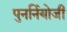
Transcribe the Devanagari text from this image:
पुनर्नियोजी